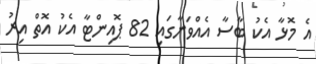
އެ މޮޅާ އެކު ބާސާ އެއްވަނާގައި 82 ޕޮއިންޓާ އެކު އޮތް އިރު